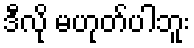
ဒီလို မဟုတ်ပါဘူး